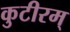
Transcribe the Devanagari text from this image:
कुटीरम्